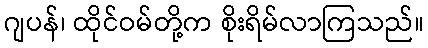
ဂျပန်၊ ထိုင်ဝမ်တို့က စိုးရိမ်လာကြသည်။